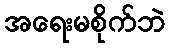
အရေးမစိုက်ဘဲ